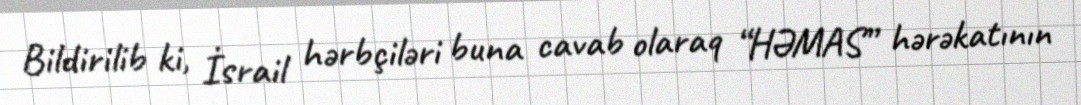
Bildirilib ki, İsrail hərbçiləri buna cavab olaraq “HƏMAS” hərəkatının